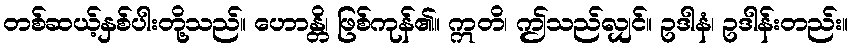
တစ်ဆယ့်နှစ်ပါးတို့သည်။ ဟောန္တိ၊ ဖြစ်ကုန်၏။ ဣတိ၊ ဤသည်လျှင်။ ဥဒါနံ၊ ဥဒါန်းတည်း။